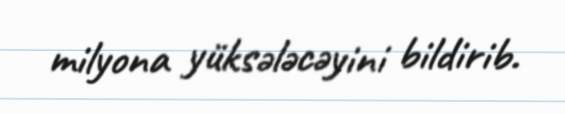
milyona yüksələcəyini bildirib.